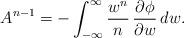
LaTeX: \begin{align*}A^{n-1}=-\int_{-\infty}^{\infty}\frac{w^n}{n}\,\frac{\partial \phi}{\partial w}\,dw.\end{align*}